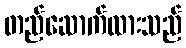
တည်ဆောက်ထားသည်